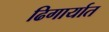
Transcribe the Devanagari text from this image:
ढिगार्यात